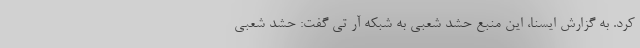
کرد. به گزارش ایسنا، این منبع حشد شعبی به شبکه آر تی گفت: حشد شعبی